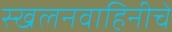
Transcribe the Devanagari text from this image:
स्खलनवाहिनीचे